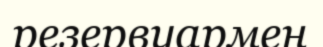
резервуармен